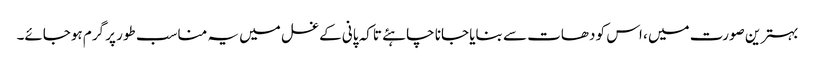
بہترین صورت میں ، اس کو دھات سے بنایا جانا چاہئے تاکہ پانی کے غسل میں یہ مناسب طور پر گرم ہوجائے۔